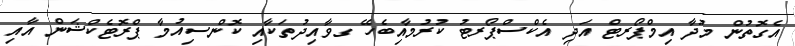
އެގޮތުން މުދާ އިމްޕޯރޓް އަދި އެކްސްޕޯރޓު ކުރުމާއިބެހޭ ގވާއިދުތަކާއި ކޮންސިއުމާ ޕްރޮޓެކްޝަން އާއި